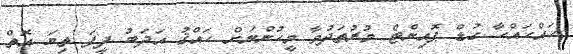
ހައްހައްހާ ގުޑް ޕޮއިންޓް މުރުތަދުވާ މީހުންނަށް ހައްޤު އަދަބު ދީފަ ތިޔަ އޮތް